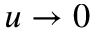
u \to 0